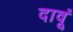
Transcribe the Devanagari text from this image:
दावूं